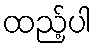
ထည့်ပါ